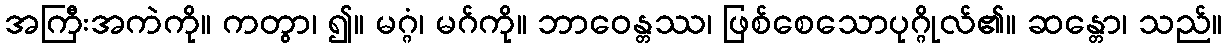
အကြီးအကဲကို။ ကတွာ၊ ၍။ မဂ္ဂံ၊ မဂ်ကို။ ဘာဝေန္တဿ၊ ဖြစ်စေသောပုဂ္ဂိုလ်၏။ ဆန္တော၊ သည်။